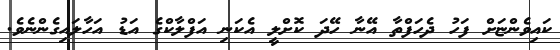
ކައިވެންޏަށް ފަހު ދެހަފްތާ އޭނާ ހޭދަ ކޮށްލީ އެކަނި އަފްލާކްގެ އަޑު އަހާލައިގެންނެވެ.